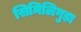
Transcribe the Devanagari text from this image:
सिमिलिगुड़ा